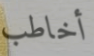
أخاطب